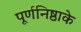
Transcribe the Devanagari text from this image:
पूर्णनिष्ठाके